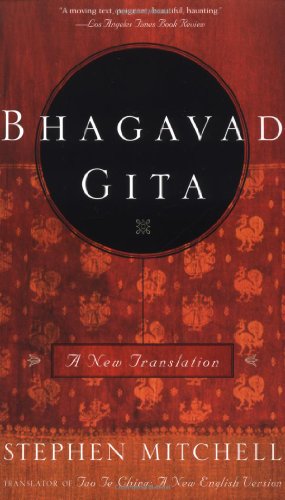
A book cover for Bhagavad Gita: A New Translation; Stephen Mitchell; Religion & Spirituality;